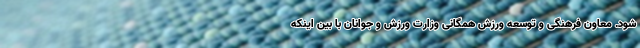
شود. معاون فرهنگی و توسعه ورزش همگانی وزارت ورزش و جوانان با بین اینکه